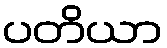
ပတိယာ